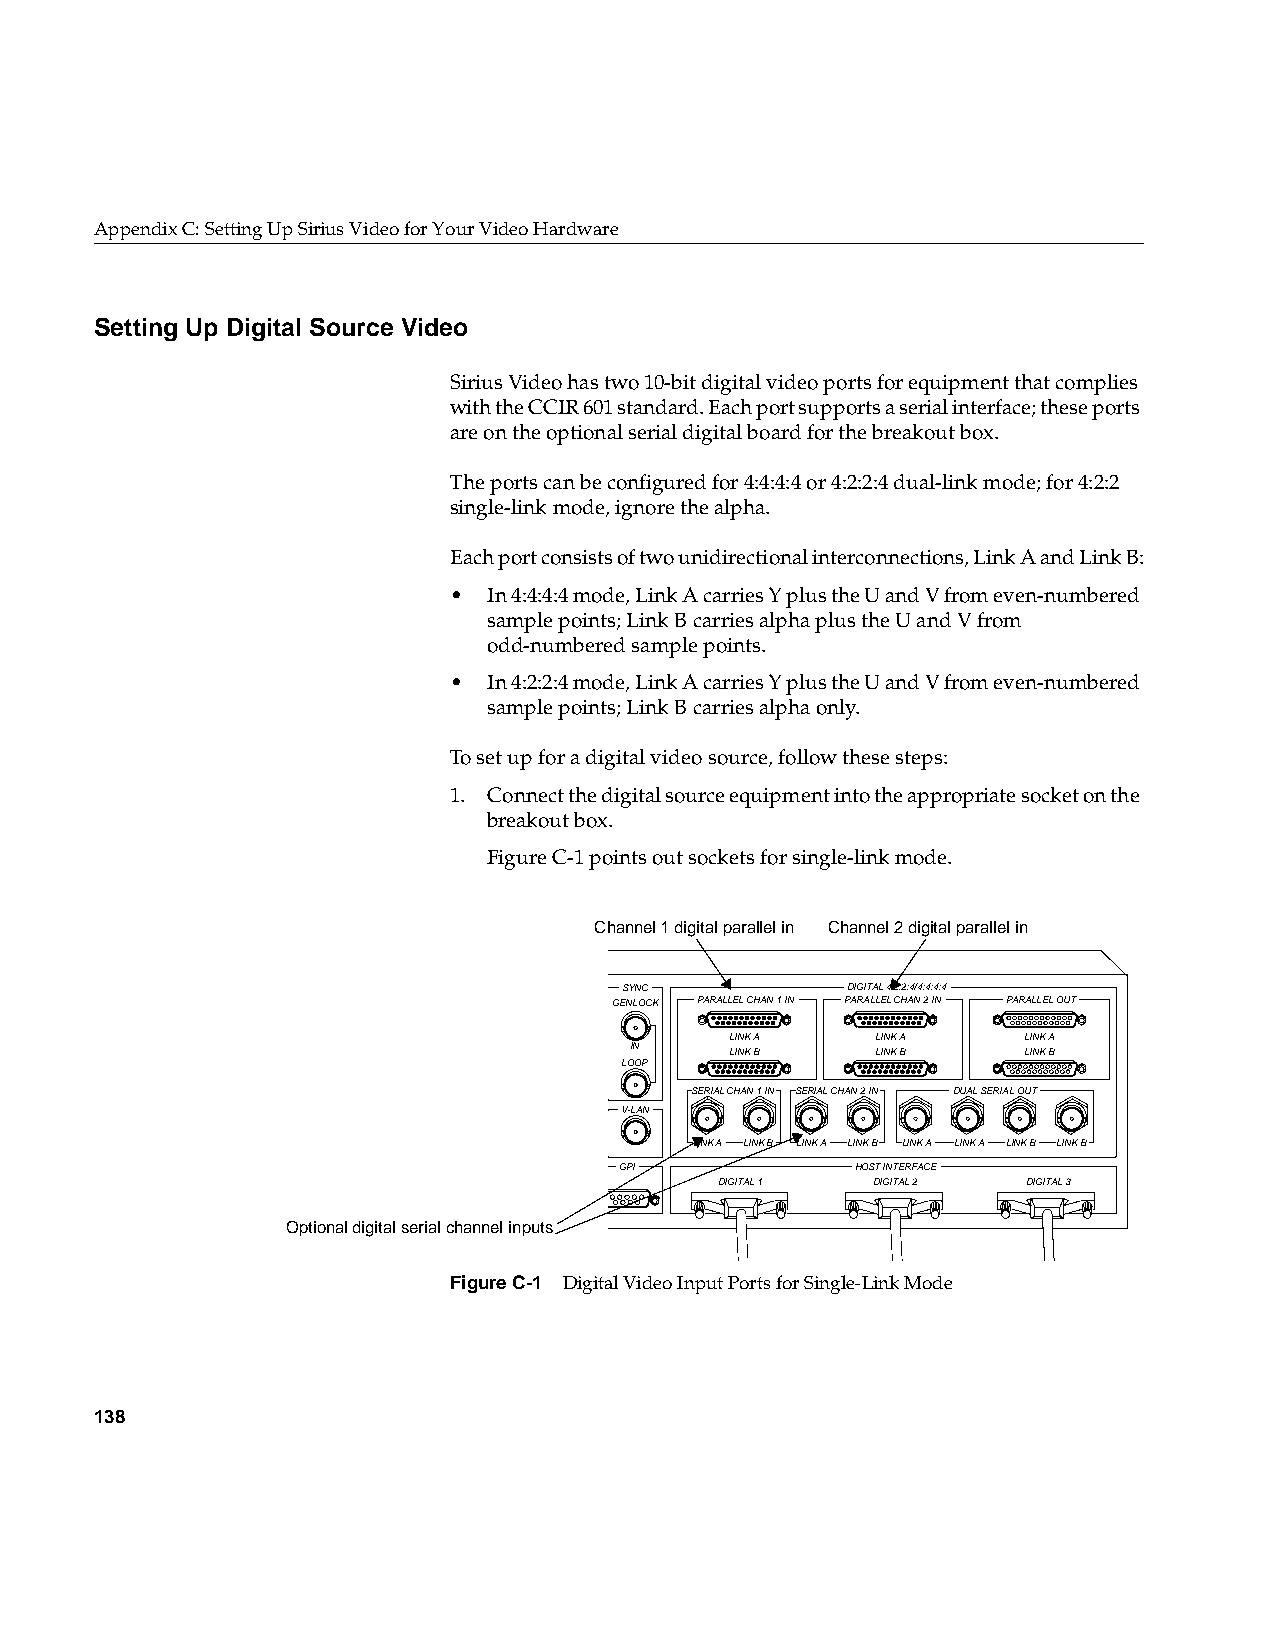
AppendixC: Setting Up Sirius Video for Your Video Hardware
 Setting Up Digital Source Video
 Sirius Video has two 10-bit digital video ports for equipment that complies
 with the CCIR 601 standard. Each port supports a serial interface; these ports
 are on the optional serial digital board for the breakout box.
 The ports can be configured for 4:4:4:4 or 4:2:2:4 dual-link mode; for 4:2:2
 single-link mode, ignore the alpha.
 Each port consists of two unidirectional interconnections, Link A and Link B:
 • In 4:4:4:4 mode, Link A carries Y plus the U and V from even-numbered
 sample points; Link B carries alpha plus the U and V from
 odd-numbered sample points.
 • In 4:2:2:4 mode, Link A carries Y plus the U and V from even-numbered
 sample points; Link B carries alpha only.
 To set up for a digital video source, follow these steps:
 1. Connect the digital source equipment into the appropriate socket on the
 breakout box.
 FigureC-1 points out sockets for single-link mode.
 Channel 1 digital parallel in Channel 2 digital parallel in
 NTSC/PAL GBRA/YUVA COMPONENT SYNC  DIGITAL 4:2:2:4/4:4:4:4
 Y/C CMPST G(Y) B(B-Y) R(R-Y) ALPHA SYNC GENLOCK PARALLEL CHAN 1 IN PARALLEL CHAN 2 IN PARALLEL OUT
 LINK A    LINK A    LINK A
 HIGH IN IN IN IN IN IN IN  LINK B    LINK B    LINK B
 75  LOOP LOOP LOOP LOOP LOOP LOOP LOOP
 SERIAL CHAN 1 IN SERIAL CHAN 2 IN DUAL SERIAL OUT
 Y/C CMPST G(Y) B(B-Y) R(R-Y) ALPHA SYNC V-LAN
 LINK A LINK B LINK A LINK B LINK A LINK A LINK B LINK B
 OUT OUT OUT OUT OUT OUT OUT
 HOST INTERFACE GPI          HOST INTERFACE
 ANALOG 2 ANALOG 1     DIGITAL 1 DIGITAL 2 DIGITAL 3
 Optional dACig 10it0al serial channel inputs
 FigureC-1 Digital Video Input Ports for Single-Link Mode
 138